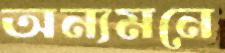
অন্যমনে